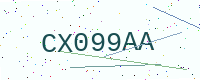
Text: CX099AA